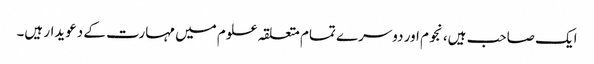
ایک صاحب ہیں، نجوم اور دوسرے تمام متعلقہ علوم میں مہارت کے دعویدار ہیں۔